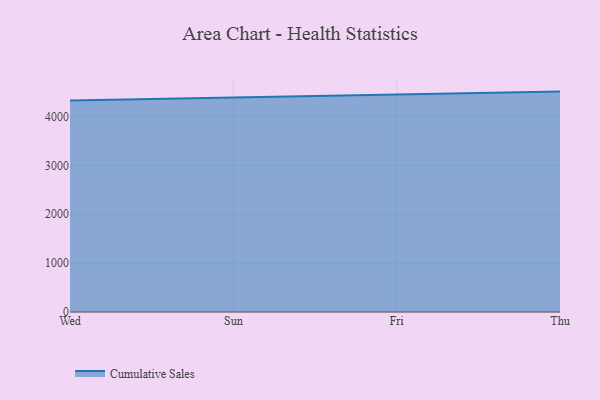
{"axis": {"x": "Day", "y": "Operating Costs (USD K)"}, "legend": ["Cumulative Sales"], "data": [{"x": "Wed", "y": 4324.6, "type": "Cumulative Sales"}, {"x": "Sun", "y": 4386.0, "type": "Cumulative Sales"}, {"x": "Fri", "y": 4438.1, "type": "Cumulative Sales"}, {"x": "Thu", "y": 4507.6, "type": "Cumulative Sales"}]}